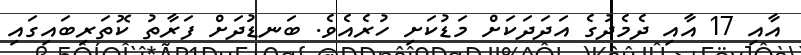
އާއި 17 އާއި ދެމެދުގެ އަދަދަކަށް މަޑުކަށި ހުރެއެވެ. ބަނޑުދަށް ފަރާތު ކޮތަރިބައިގައި